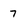
Character: 7